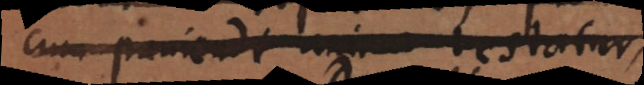
cum puniendi animo testatur,